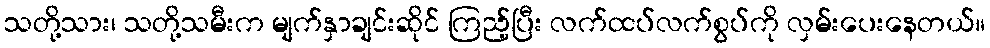
သတို့သား၊ သတို့သမီးက မျက်နှာချင်းဆိုင် ကြည့်ပြီး လက်ထပ်လက်စွပ်ကို လှမ်းပေးနေတယ်။